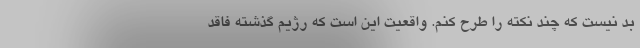
بد نيست كه چند نكته را طرح كنم. واقعيت اين است كه رژيم گذشته فاقد